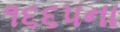
૧૬૬૫ના